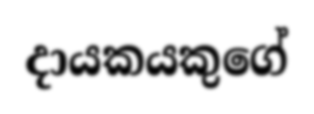
දායකයකුගේ